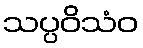
သပ္ပဝိသံဝ